Vaccination in the Punjab 1883-1896 - 1883-1896
Year: 1883
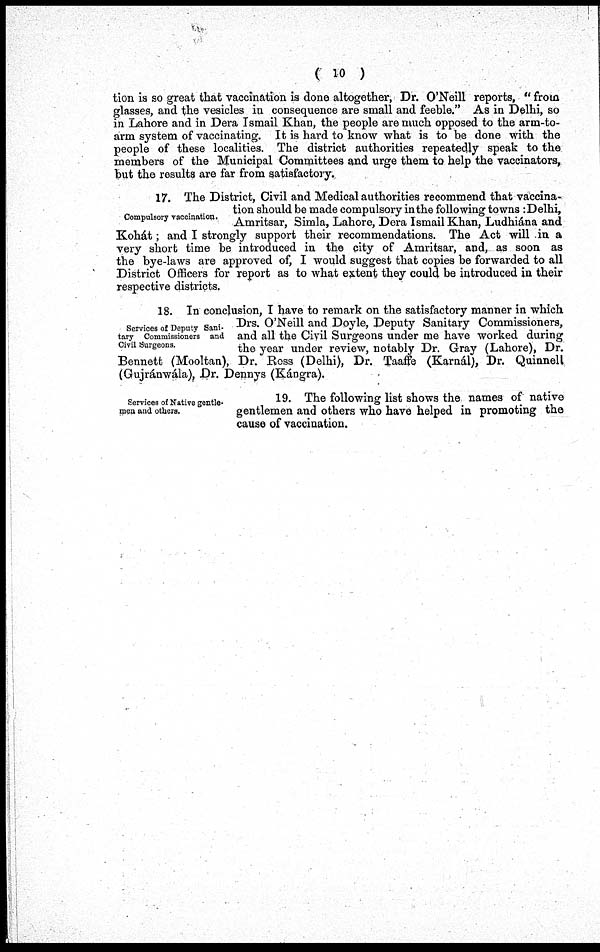
( 10 )
tion is so great that vaccination is done altogether, Dr. O'Neill reports, “from
glasses, and the vesicles in consequence are small and feeble." As in Delhi, so
in Lahore and in Dera Ismail Khan, the people are much opposed to the arm-to-
arm system of vaccinating. It is hard to know what is to be done with the
people of these localities. The district authorities repeatedly speak to the
members of the Municipal Committees and urge them to help the vaccinators,
but the results are far from satisfactory.
Compulsory vaccination.
17. The District, Civil and Medical authorities recommend that vaccina¬
tion should be made compulsory in the following towns :Delhi,
Amritsar, Simla, Lahore, Dera Ismail Khan, Ludhiána and
Kohát; and I strongly support their recommendations. The Act will in a
very short time be introduced in the city of Amritsar, and, as soon as
the bye-laws are approved of, I would suggest that copies be forwarded to all
District Officers for report as to what extent they could be introduced in their
respective districts.
Services of Deputy Sani-
tary Commissioners and
Civil Surgeons.
18. In conclusion, I have to remark on the satisfactory manner in which
Drs. O'Neill and Doyle, Deputy Sanitary Commissioners,
and all the Civil Surgeons under me have worked during
the year under review, notably Dr. Gray (Lahore), Dr.
Bennett (Mooltan), Dr. Ross (Delhi), Dr. Taaffe (Karnál), Dr. Quinnell
(Gujránwála), Dr. Dennys (Kángra).
Services of Native gentle¬
men and others.
19. The following list shows the names of native
gentlemen and others who have helped in promoting the
cause of vaccination.